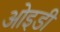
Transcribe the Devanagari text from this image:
ओइडी